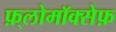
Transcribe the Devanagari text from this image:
फ़्लोमॉक्सेफ़